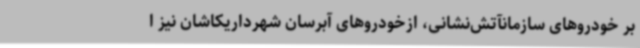
بر خودروهای سازمانآتش‌نشانی، ازخودروهای آبرسان شهرداریکاشان نیز ا